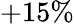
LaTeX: +15\%